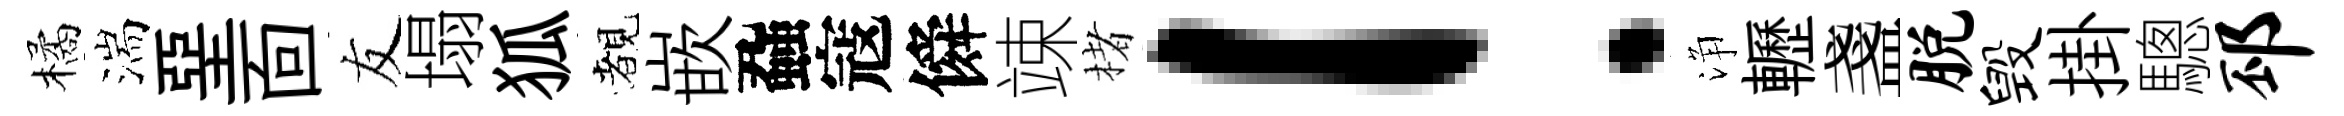
橘湍堊靣友塌狐覩嵌蝨寇僢竦楮！浄轣盞脱毁掛驄邳